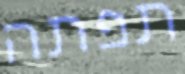
תפתה